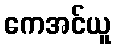
ကေအင်ယူ